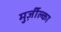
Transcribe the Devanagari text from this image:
मुर्ज़ील्का